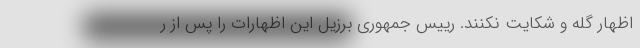
اظهار گله و شکایت نکنند. رییس جمهوری برزیل این اظهارات را پس از ر